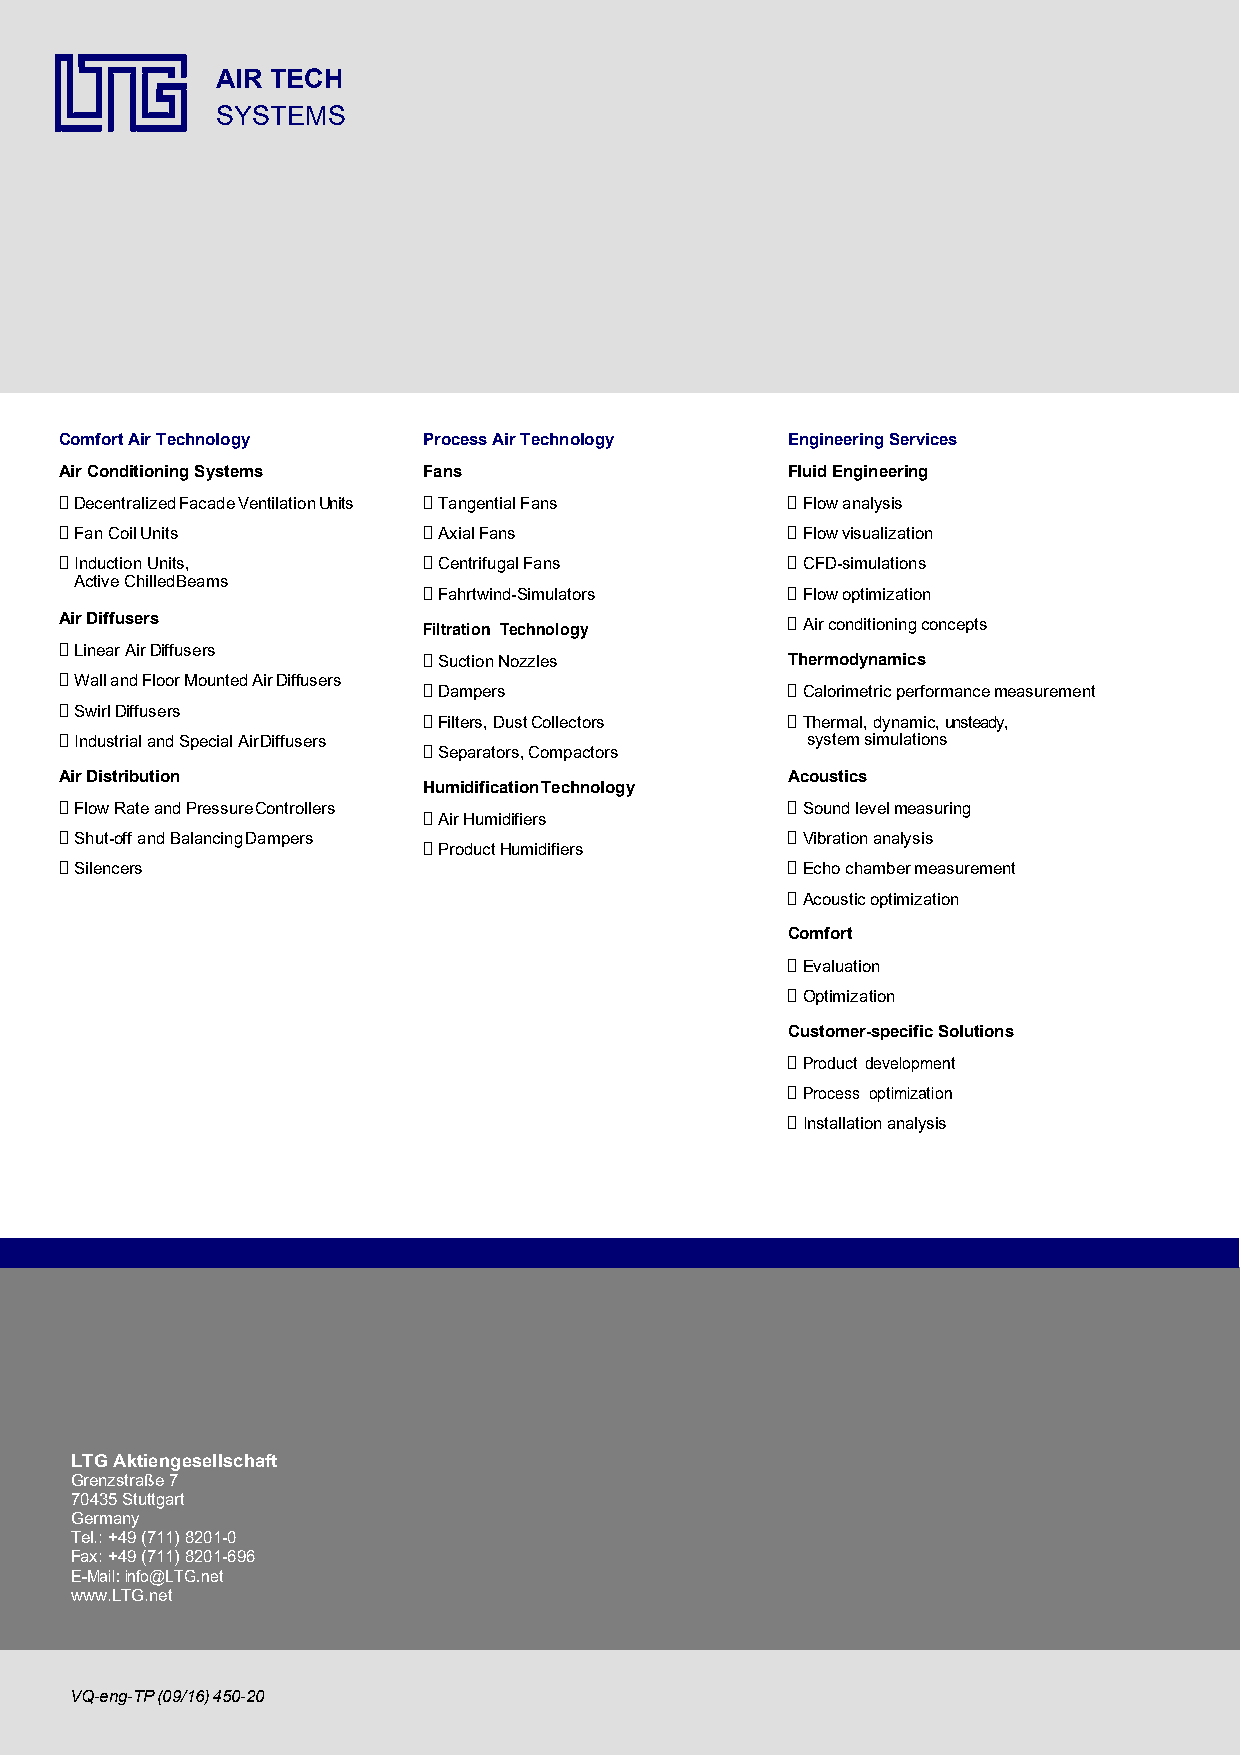
AIR TECH
 SYSTEMS
 Comfort Air Technology  Process Air Technology  Engineering Services
 Air Conditioning Systems Fans                   Fluid Engineering
  Decentralized Facade Ventilation Units  Tangential Fans  Flow analysis
  Fan Coil Units         Axial Fans             Flow visualization
  Induction Units,       Centrifugal Fans       CFD-simulations
 Active Chilled Beams
  Fahrtwind-Simulators   Flow optimization
 Air Diffusers           Filtration Technology    Air conditioning concepts
  Linear Air Diffusers   Suction Nozzles       Thermodynamics
  Wall and Floor Mounted Air Diffusers  Dampers  Calorimetric performance measurement
  Swirl Diffusers        Filters, Dust Collectors  Thermal, dynamic, unsteady,
  Industrial and Special Air Diffusers  Separators, Compactors system simulations
 Air Distribution                                Acoustics
 Humidification Technology
  Flow Rate and Pressure Controllers  Air Humidifiers  Sound level measuring
  Shut-off and Balancing Dampers  Product Humidifiers  Vibration analysis
  Silencers                                      Echo chamber measurement
  Acoustic optimization
 Comfort
  Evaluation
  Optimization
 Customer-specific Solutions
  Product development
  Process optimization
  Installation analysis
 LTG Aktiengesellschaft
 Grenzstraße 7
 70435 Stuttgart
 Germany
 Tel.: +49 (711) 8201-0
 Fax: +49 (711) 8201-696
 E-Mail: info@LTG.net
 www.LTG.net
 VQ-eng-TP (09/16) 450-20